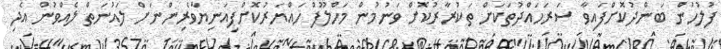
ފުލުހުން ބަންދުކޮށްފައިވާ ސަރަހައްދުތަކަށް ތަކުރާރުކޮށް ވަނުމުން މަހްލޫފް ހައްޔަރުކޮށްފިއަނިޔާވެރިންނަށް ލައުނަތް ލެއްވުން އެދި